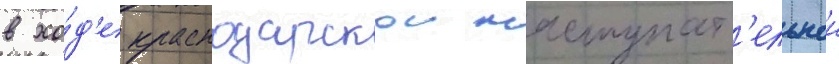
в хо́д'е краснодарскои наступат'ельнои